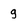
Character: g